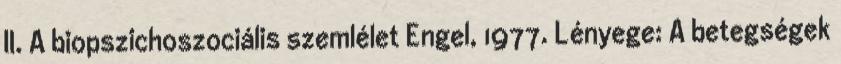
II. A biopszichoszociális szemlélet Engel, 1977. Lényege: A betegségek